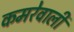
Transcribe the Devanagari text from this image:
कमरेवाली